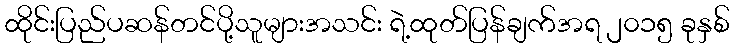
ထိုင်းပြည်ပဆန်တင်ပို့သူများအသင်း ရဲ့ထုတ်ပြန်ချက်အရ ၂၀၁၅ ခုနှစ်